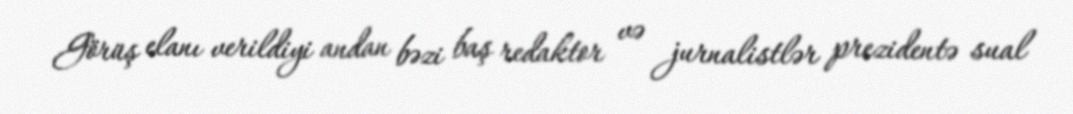
Görüş elanı verildiyi andan bəzi baş redaktor və jurnalistlər prezidentə sual